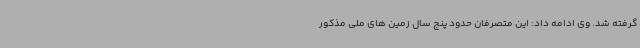
گرفته شد. وی ادامه داد: این متصرفان حدود پنج سال زمین های ملی مذکور